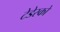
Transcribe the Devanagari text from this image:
टेडेस्को